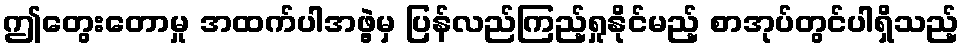
ဤတွေးတောမှု အထက်ပါအဖွဲ့မှ ပြန်လည်ကြည့်ရှုနိုင်မည့် စာအုပ်တွင်ပါရှိသည့်